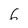
Character: 6